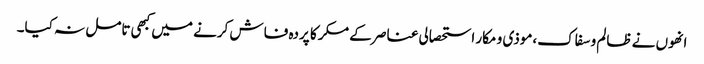
انھوں نے ظالم و سفاک،موذی و مکار استحصالی عناصر کے مکر کا پردہ فاش کرنے میں کبھی تامل نہ کیا۔